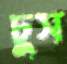
ঢুস